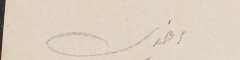
اخوك